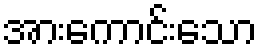
အားကောင်းသော